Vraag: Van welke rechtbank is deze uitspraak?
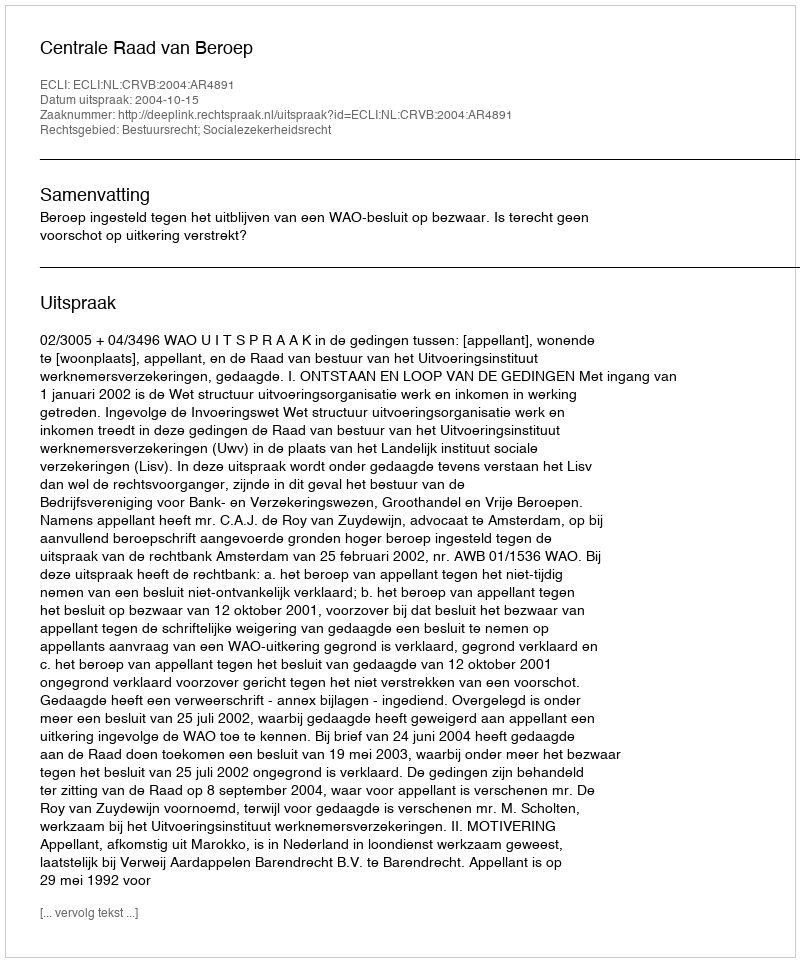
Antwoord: Centrale Raad van Beroep